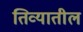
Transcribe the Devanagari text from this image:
तिव्यातील